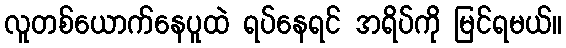
လူတစ်ယောက်နေပူထဲ ရပ်နေရင် အရိပ်ကို မြင်ရမယ်။